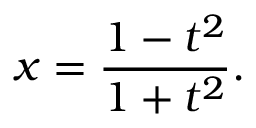
x = { \frac { 1 - t ^ { 2 } } { 1 + t ^ { 2 } } } .